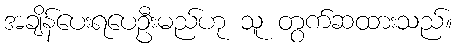
အချိန်ပေးရပေဦးမည်ဟု သူ တွက်ဆထားသည်။